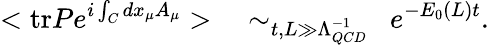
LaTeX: <\mathrm{tr}Pe^{i\int_{C}dx_{\mu}A_{\mu}}>~~~\sim_{t,L\gg\Lambda_{QCD}^{-1}}~~e^{-E_{0}(L)t}.